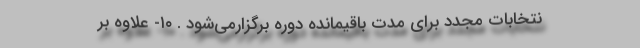
نتخابات مجدد برای مدت باقیمانده دوره برگزار‌می‌شود . ۱۰- علاوه بر